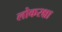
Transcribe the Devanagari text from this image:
लोकरक्षा